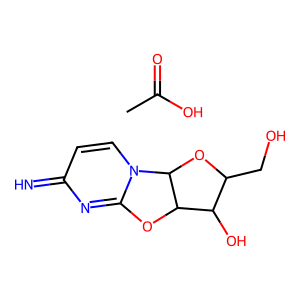
SMILES: CC(=O)O.N=c1ccn2c(n1)OC1C(O)C(CO)OC12
Inhibits HIV replication: No